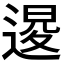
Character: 𨔫